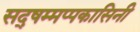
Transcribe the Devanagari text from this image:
सद्षम्मप्पकासिनी